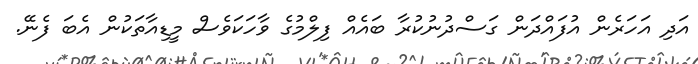
އަދި އަހަރެން އުފައްދަން ގަސްދުނުކުރާ ބައެއް ފިލްމުގެ ވާހަކަވެސް މީޑިއާތަކުން އެބަ ފެނޭ.